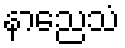
နာညေသံ